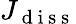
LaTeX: J_{\mathrm{~d~i~s~s~}}